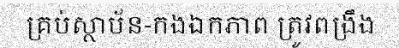
គ្រប់ស្ថាប័ន-កងឯកភាព ត្រូវពង្រឹង